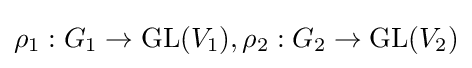
\rho _{1}:G_{1}\to {\text{GL}}(V_{1}),\rho _{2}:G_{2}\to {\text{GL}}(V_{2})